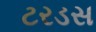
ટરડસ